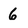
Character: 6